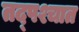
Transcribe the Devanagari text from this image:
तद्पश्चात